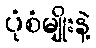
ပုံစံမျိုးနဲ့